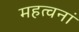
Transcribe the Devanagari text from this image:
महत्वनां